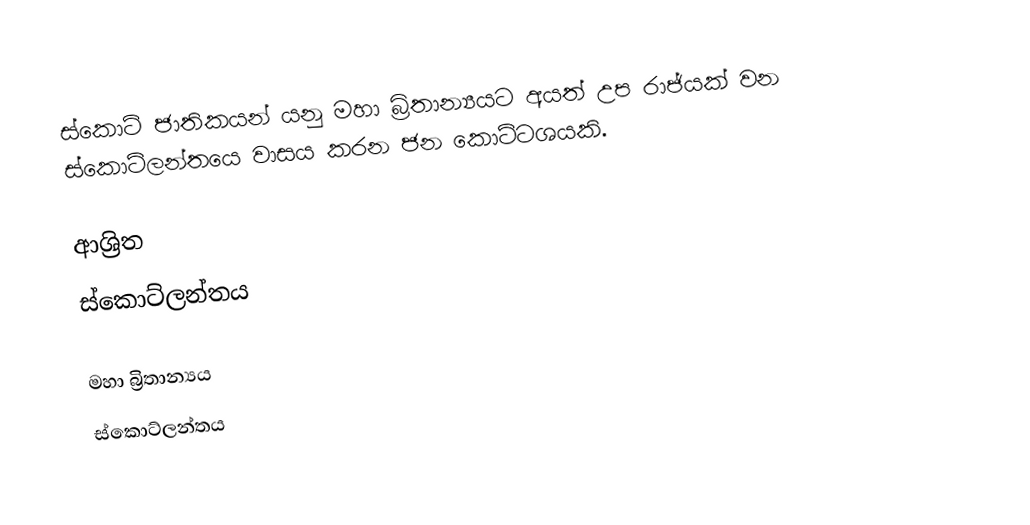
ස්කොට් ජාතිකයන් යනු මහා බ්‍රිතාන්‍යයට අයත් උප රාජ්යක් වන ස්කොට්ලන්තයෙ වාසය කරන ජන කොට්ටශයකි.

ආශ්‍රිත
 ස්කොට්ලන්තය

මහා බ්‍රිතාන්‍යය
ස්කොට්ලන්තය